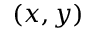
( x , y )